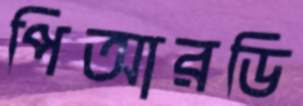
পিআরডি